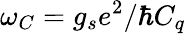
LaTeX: \omega_{C}=g_{s}e^{2}/\hbar C_{q}